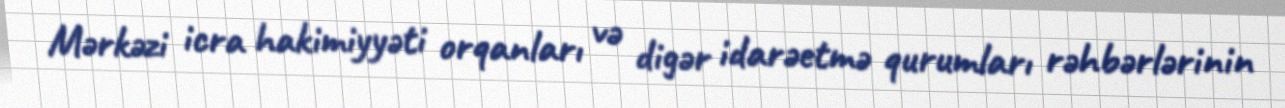
Mərkəzi icra hakimiyyəti orqanları və digər idarəetmə qurumları rəhbərlərinin